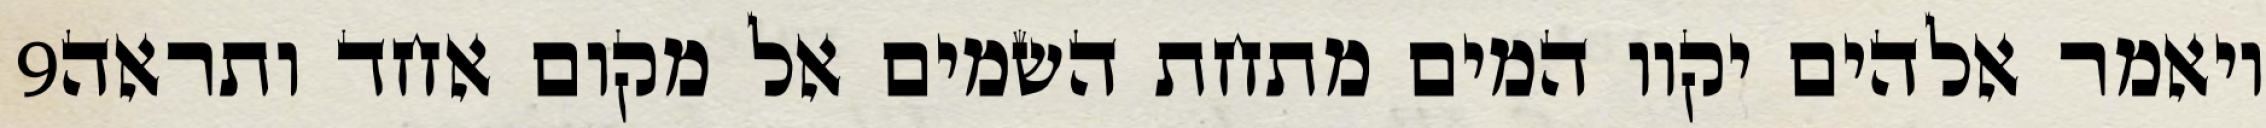
‎9‏ ויאמר אלהים יקוו המים מתחת השמים אל מקום אחד ותראה